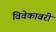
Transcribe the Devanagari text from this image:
विवेकावरी